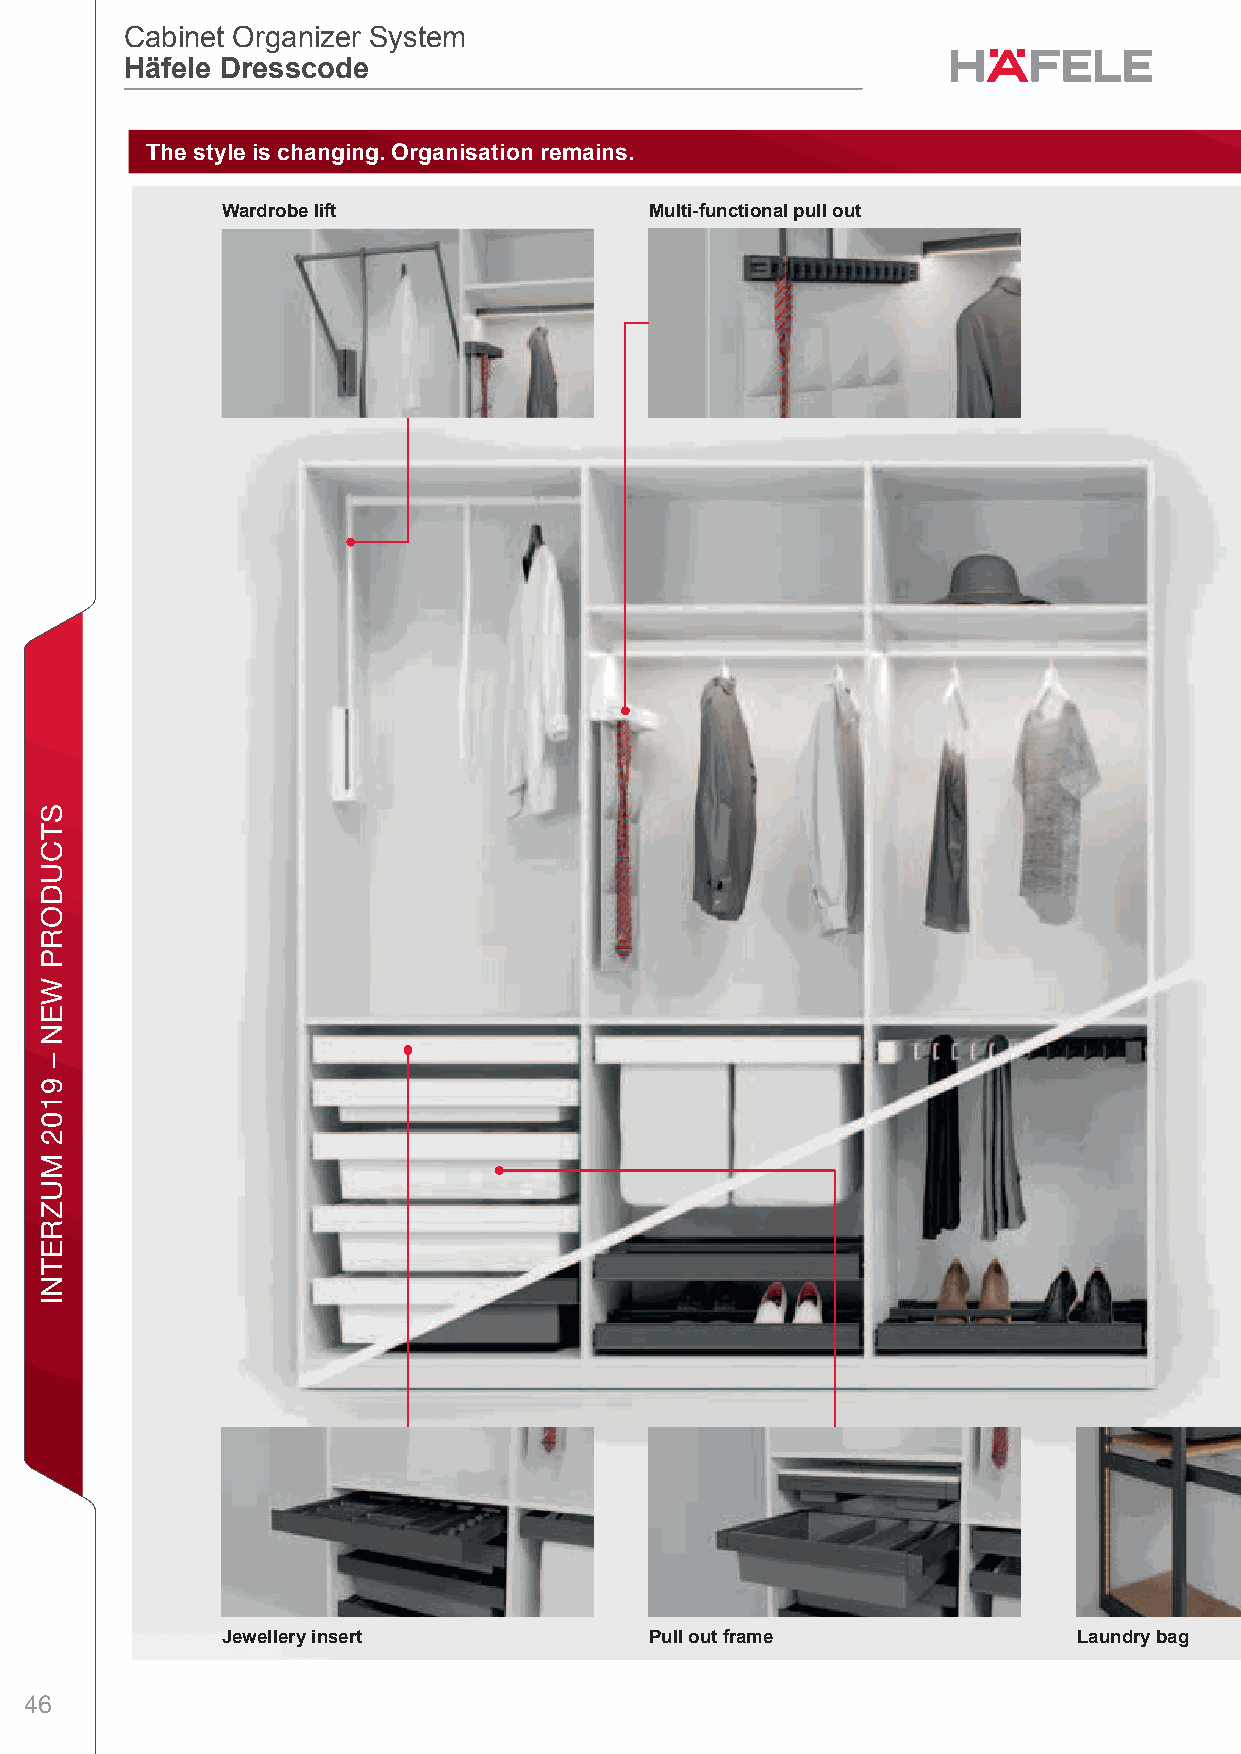
Cabinet Organizer System
 Häfele Dresscode
 The style is changing. Organisation remains.
 Wardrobe lift               Multi-functional pull out
 8
 Jewellery insert            Pull out frame              Laundry bag
 46
 STCUDORP
 WEN
 –
 9102
 MUZRETNI
 .eciton
 tuohtiw
 snoitaciiceps
 retla
 ot
 thgir
 eht
 evreser
 eW
 .gnidnib
 ton
 atad
 lanoisnemiD
 ;71/10
 ,ne-EDH
 ,7102
 M-HGD
 .eciton
 tuohtiw
 snoitaciiceps
 retla
 ot
 thgir
 eht
 evreser
 eW
 .gnidnib
 ton
 atad
 lanoisnemiD
 ;71/10
 ,ne-EDH
 ,7102
 M-HGD